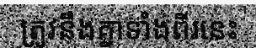
ត្រូវនឹងគ្នាទាំងពីរនេះ